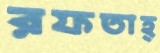
রফতাহ্